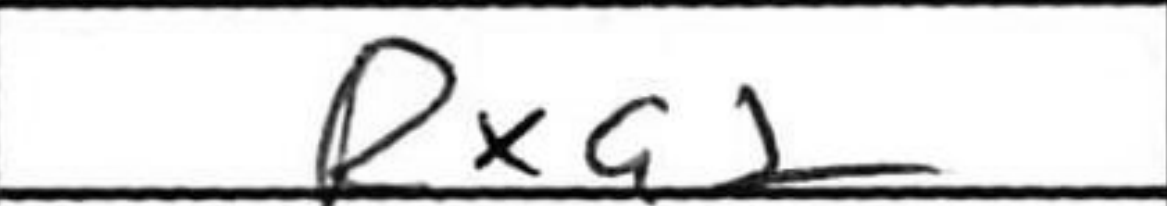
Transcription: Rxa2